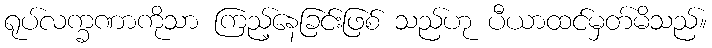
ရုပ်လက္ခဏာကိုသာ ကြည့်နေခြင်းဖြစ် သည်ဟု ပီယာထင်မှတ်မိသည်။